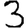
Digit: 3